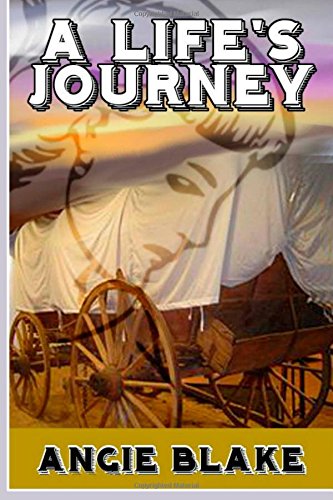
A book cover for A Life's Journey; Angie Blake; Teen & Young Adult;